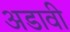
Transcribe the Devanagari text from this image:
अडावी